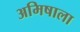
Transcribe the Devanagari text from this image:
अमिषाला